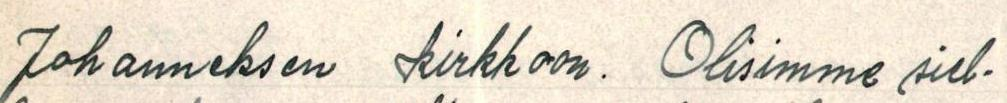
Johanneksen kirkkoon. Olisimme siel-